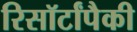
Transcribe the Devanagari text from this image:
रिसॉर्टांपैकी